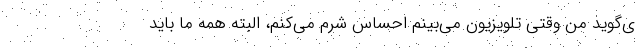
ی‌گوید من وقتی تلویزیون می‌بینم احساس شرم می‌کنم، البته همه ما باید